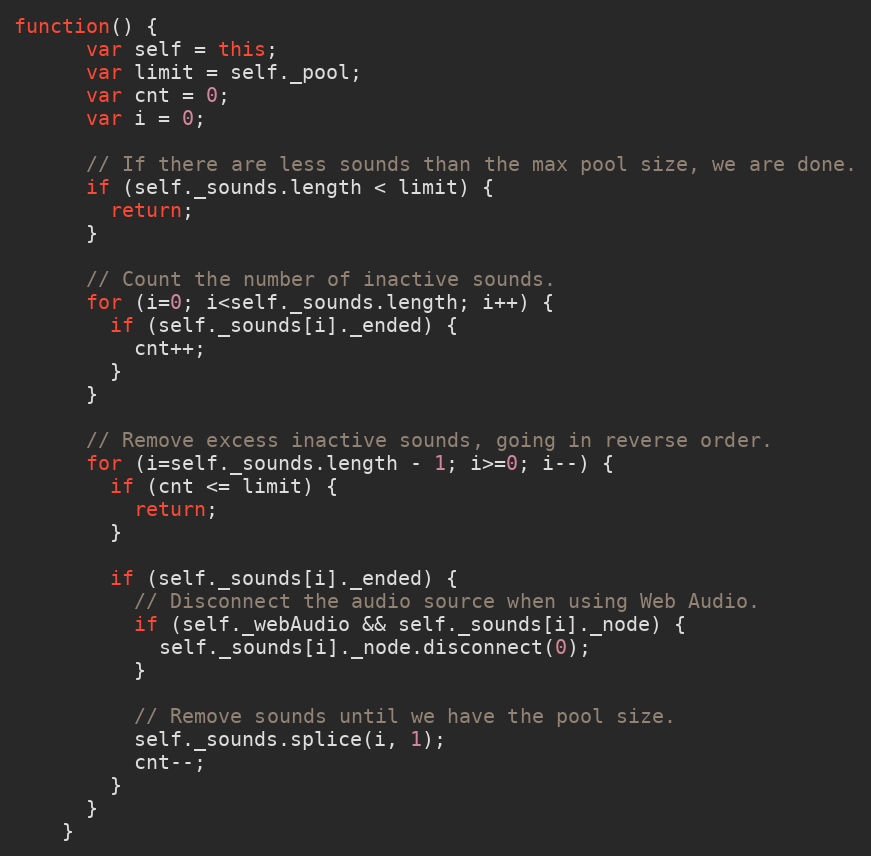
Language: JavaScript
function() {
      var self = this;
      var limit = self._pool;
      var cnt = 0;
      var i = 0;

      // If there are less sounds than the max pool size, we are done.
      if (self._sounds.length < limit) {
        return;
      }

      // Count the number of inactive sounds.
      for (i=0; i<self._sounds.length; i++) {
        if (self._sounds[i]._ended) {
          cnt++;
        }
      }

      // Remove excess inactive sounds, going in reverse order.
      for (i=self._sounds.length - 1; i>=0; i--) {
        if (cnt <= limit) {
          return;
        }

        if (self._sounds[i]._ended) {
          // Disconnect the audio source when using Web Audio.
          if (self._webAudio && self._sounds[i]._node) {
            self._sounds[i]._node.disconnect(0);
          }

          // Remove sounds until we have the pool size.
          self._sounds.splice(i, 1);
          cnt--;
        }
      }
    }